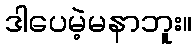
ဒါပေမဲ့မနာဘူး။